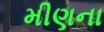
મીણના